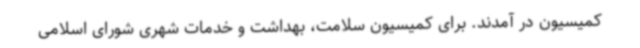
کمیسیون در آمدند. برای کمیسیون سلامت، بهداشت و خدمات شهری شورای اسلامی